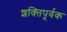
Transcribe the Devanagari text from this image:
शक्‍तिपूर्वक